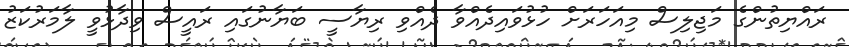
ރައްޔިތުންގެ މަޖިލިސް މިއަހަރަށް ހުޅުވައިދެއްވާ ދެއްވި ރިޔާސީ ބަޔާނުގައި ރައީސް ވިދާޅުވީ ލާމަރުކަޒު